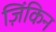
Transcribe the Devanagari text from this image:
ज़िंकिन